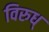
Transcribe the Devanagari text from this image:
विरुध्